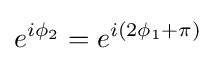
e^{i\phi _{2}}=e^{i(2\phi _{1}+\pi )}